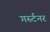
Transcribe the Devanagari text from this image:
गर्स्टनर